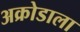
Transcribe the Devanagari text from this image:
अक्रोडाला